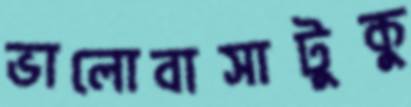
ভালোবাসাটুকু